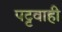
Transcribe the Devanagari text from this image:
पट्टवाही